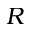
R